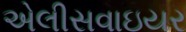
એલીસવાઇયર